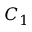
C _ { 1 }